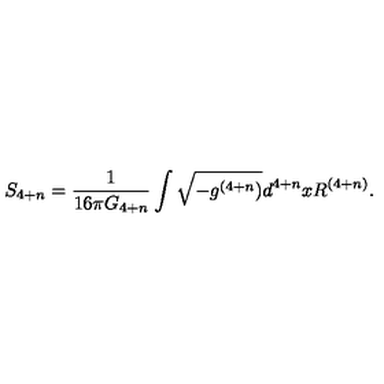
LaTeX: S _ { 4 + n } = \frac { 1 } { 1 6 \pi G _ { 4 + n } } \int \sqrt { - g ^ { ( 4 + n } ) } d ^ { 4 + n } x R ^ { ( 4 + n ) } .